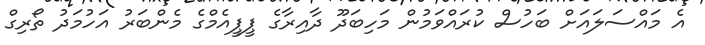
އެ މައްސަލައަށް ބަހުސް ކުރައްވަމުން މަހިބަދޫ ދާއިރާގެ ޕީޕީއެމްގެ މެންބަރު އަހުމަދު ތޯރިގް